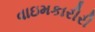
વાઇમકારીરી